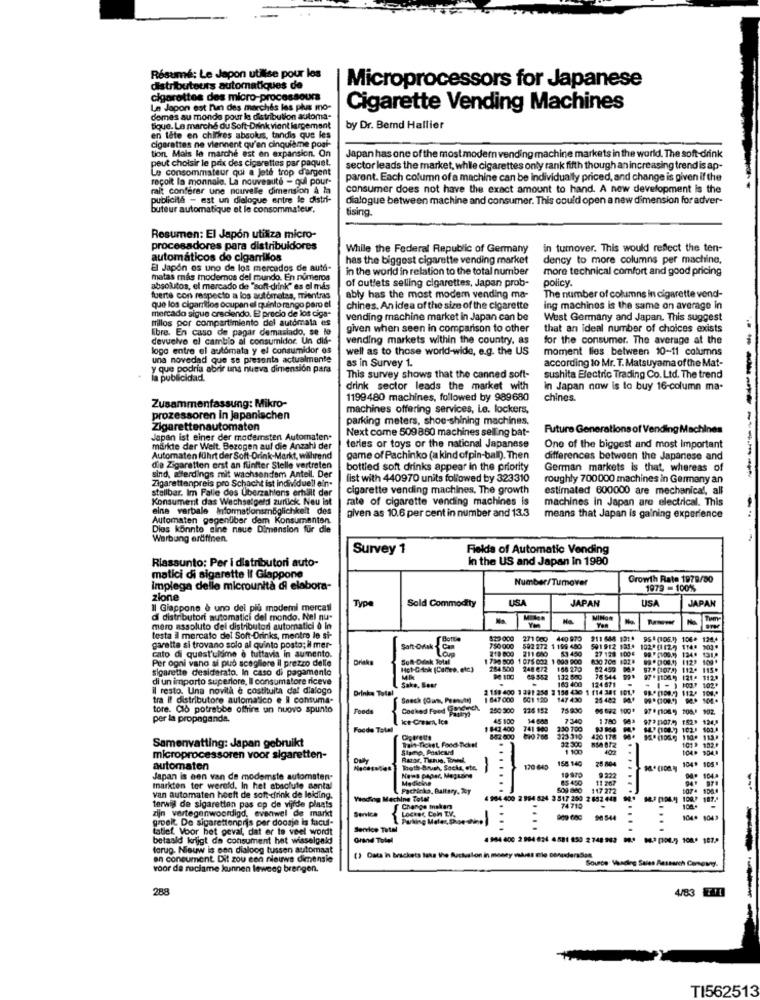
Résumé; Le Japon utilise pour les
distributeurs automatiques de
Microprocessors for Japanese
cigarettes des micro-processours
Le Japon est hun des marchés las plus mo-
Cigarette Vending Machines
demes au monde pour le distribution automa-
Bique. Le marché du Soft-Drink vient largement
by Dr. Bernd Hallier
cigarettes ne viennent qu'en cinquième pogh-
en tête en chiffres absolus, tandis que les
tion. Mais le marche ast en expansion. On
peut choisir le prix des cigarettes par paquet.
Japan has one of the most modern vending machine markets in the world. The soft drink
Le consommateur qui a jeté trop d'argent
sector leads the market, while cigarettes only rank fifth though an increasing trend is ap-
reçoit la monnaie. La nouveauté - qui pour-
parent. Each column of a machine can be individually priced, and change is given if the
rait conférer une nouvelle dimension & la
consumer does not have the exact amount to hand. A new development is the
publicité - est un dialogue entre le distri-
dialogue between machine and consumer. This could open a new dimension for adver-
buteur automatique et le consommateur.
tising
Resumen: El Japón utiliza micro-
procesadores para distribuidores
While the Federal Republic of Germany
in tumover. This would refect the ten-
automáticos do cigarrillos
has the biggest cigarette vending market
dency to more columns per machine.
El Japón es uno de los mercados de aut.
in the world in relation to the total number
more technical comfort and good pricing
matas mas modemos del mundo. En numeros
of outlets selling cigarettes, Japan prob-
policy.
absolutos, el mercado de "soft-drink" es el más
fuerte con respecto a los autómatas, mientras
ably has the most modem vending ma-
The number of columns in cigarette vend-
mercado sigue creciendo. E precio de los ciga-
que los cigarrillos ocupan el quinto rango paro el
chines. An idea of the size of the cigarette
ing machines is the same on average in
millos por compartimiento del autómata es
vending machine market in Japan can be
West Germany and Japan. This suggest
libre. En caso de pagar demasiado, se to
given when seen in comparison to other
that an ideal number of choices exists
devuelve el cambio al consumidor. Un did-
vending markets within the country, as
for the consumer. The average at the
logo entre el autómata y el consumidor es
well as to those world-wide, e.g. the US
moment lies between 10-11 columns
una novedad que se presenta actualmente
as in Survey 1.
according to Mr. T. Matsuyama of the Mat-
y que podría abrir una nueva dimensión para
la publicidad.
This survey shows that the canned soft-
sushita Electric Trading Co. Ltd. The trend
drink sector leads the market with
in Japan now is to buy 16-column ma-
Zusammenfassung: Mikro-
1199480 machines, followed by 989680
chines.
machines offering services, Le. lockers,
prozessoren in japanischen
parking meters, shoe-shining machines.
Zigarettenautomaten
Next come 509860 machines selling bat-
Future Generation
Machines
Japan ist einer der modemsten Automaten.
märkte der Welt. Bezogen auf die Anzahl der
terles or toys or the national Japanese
One of the biggest and most important
Automaten führt der Soft-Drink-Markt, während
game of Pachinko (a kind ofpin-ball). Then
differences between the Japanese and
die Zigaretten erst an fünfter Stelle vertreten
bottled soft drinks appear in the priority
German markets is that, whereas of
---------
Zigarettenpreis pro Schacht ist individuell ein.
sind, allerdings mit wachsendem Anteil. Der
list with 440970 units followed by 323310
roughly 700000 machines in Germany an
stellbar. Im Falle des Überzahlens erhalt der
cigarette vending machines. The growth
estimated 600000 are mechanical, all
Konsument das Wechselgeld zurück. Neu lat
rate of cigarette vending machines is
machines in Japan are electrical. This
eine verbale Informationsmöglichkeit des
given as 10.6 per cent in number and 13,3
Automaten gegenüber dem Konsumentan.
means that Japan is gaining experience
Dies könnte sine naue Dimension für die
Werbung erdfinen.
Survey 1
Fields of Automatic Vending
Riassunto: Per i distributori auto-
In the US and Japan In 1980
matici di sigarette il Giappone
Number/Tumover
Growth Rate 1978/80
impiega delle microunità di elabora-
1979 -100%
zione
Type
Sold Commodity
USA
JAPAN
USA
JAPAN
Il Giappone è uno del più modemi mercalli
di distributori automatici del mondo. Nel nu-
No.
Na.
MINOR
mero assoluto dei distributori automatici 0 in
testa i mercato del Sont-Drinks, mentre le si-
Botte
829 000
271 0oo
440 970
211 648 131.
951 (106.1) 106. 124.4
garette si trovano solo al quinto posto; il mer-
Sant Omak
750000
218 800
502 272 1 199 480
211 600
591 912 123.
27 128 1004
1020(112) 1T4.
98 (100.) 124* 131
cato di quest'ulsme è tuttavia in aumento.
Per ogni vano si può scegliere il prezzo delle
Soft-Dunk Total
1738 800 1 075 032 1 -099 900
5.3 450
100 +
sigarette desiderato. In caso di pagamento
Hot-GAok (Cartes, etc)
184.500
248 472
168 270
82 459 041
97.ª (1078) 112. 115*
di un importo superiore, Il consumatore riceve
Saka, Bear
$ 100
69552 132. 840
76544 99
. ( - ) 1017 102.
il resto. Una novità è costituita dat dialogo
Drinka Total
2 158 400 1 381 250 2 158 430 1 114 381 101.
163 400
124 871
98 .* (109 :- ) 112- 1018
tra Il distributore automatico e # consuma-
Sneck (Ou, Peanut)
1 847 000
601 120
147 430
25 482 947
tore. CIò potrebbe offrire un nuovo spunto
Foods
Cocked Food (andmich.
280 300
226 152
76 830
97. (08.5) 1081 902.
per la propaganda.
45 100
14.688
7.340
973 (107M) 152> 124,2
Foode Total
841 400
741 900
230 700
14) (101-7 102.1 009.4
Samenvatting: Japan gebruikt
Trait-Ticket, Food-Ticket
542 600
820 768
323 310
32:300
420 178
Stamp, Postcard
1 10
400
101" 102*
microprocessoren voor sigaretten-
Razor, Tiene, Towel.
158 140
25 804
104* 105.
automaten
Booth Bouch, Socka, etc.
-
120 645
9 222
Japan is een van de modemste automaten-
Medicine
..
85 450
11 267
104
markten ter wereld, In het staclule aantal
Fachicks, Battery, Wy
117 272
van automaten heeft de soft-drink de leiding.
Vending Machine Tolat
4 904 400 2 994 824 3 817 250 2 852 448
187.
terwijl de sigaretten pas op de vijfde plaats
zijn vertegenwoordigd, evenwel de markt
Change maker
74 710
groeit De sigarettenprijs per doosje is facul-
Locker Con E.V.
Parking Meler, Puse shine]
10963 90544
104. 804>
tatief. Voor het geval, dat er te veel wordt
Service Total
...........
...
betaald krijgt de consument het wisselgeld
Grand Total
terug. Nieuw is een dialoog tussen automaat
en consument. Dit zou een nieuwe dimensie
() Data in brackets taxa the Ruckuslon in money valess ele cenuderaSas
Source Vending Sa
voor de reclame kunnen teweeg brengen.
288
4/83 EMMI
TI562513